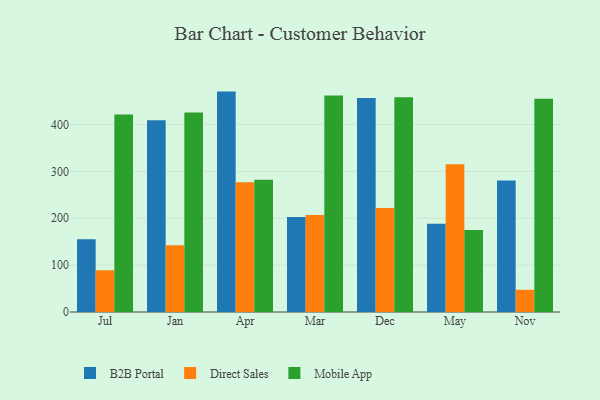
{"axis": {"x": "Month", "y": "Revenue (USD Million)"}, "legend": ["B2B Portal", "Direct Sales", "Mobile App"], "data": [{"x": "Jul", "y": 155.1, "type": "B2B Portal"}, {"x": "Jul", "y": 89.1, "type": "Direct Sales"}, {"x": "Jul", "y": 421.1, "type": "Mobile App"}, {"x": "Jan", "y": 409.2, "type": "B2B Portal"}, {"x": "Jan", "y": 142.6, "type": "Direct Sales"}, {"x": "Jan", "y": 425.4, "type": "Mobile App"}, {"x": "Apr", "y": 470.2, "type": "B2B Portal"}, {"x": "Apr", "y": 276.6, "type": "Direct Sales"}, {"x": "Apr", "y": 281.9, "type": "Mobile App"}, {"x": "Mar", "y": 202.9, "type": "B2B Portal"}, {"x": "Mar", "y": 207.2, "type": "Direct Sales"}, {"x": "Mar", "y": 461.8, "type": "Mobile App"}, {"x": "Dec", "y": 456.6, "type": "B2B Portal"}, {"x": "Dec", "y": 221.9, "type": "Direct Sales"}, {"x": "Dec", "y": 457.9, "type": "Mobile App"}, {"x": "May", "y": 188.2, "type": "B2B Portal"}, {"x": "May", "y": 315.3, "type": "Direct Sales"}, {"x": "May", "y": 175.2, "type": "Mobile App"}, {"x": "Nov", "y": 280.3, "type": "B2B Portal"}, {"x": "Nov", "y": 47.4, "type": "Direct Sales"}, {"x": "Nov", "y": 455.1, "type": "Mobile App"}]}